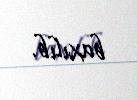
baxılıb.